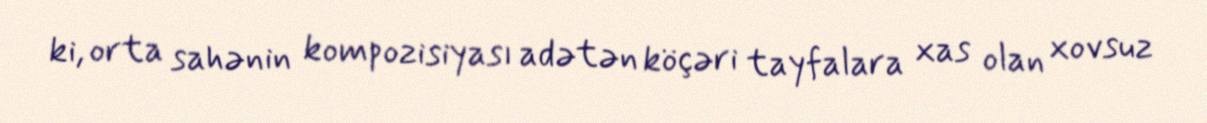
ki, orta sahənin kompozisiyası adətən köçəri tayfalara xas olan xovsuz